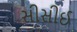
સીસીઈ